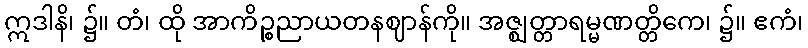
ဣဒါနိ၊ ၌။ တံ၊ ထို အာကိဉ္စညာယတနဈာန်ကို။ အဇ္ဈတ္တာရမ္မဏတ္တိကေ၊ ၌။ ဧကံ၊